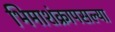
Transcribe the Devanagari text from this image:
भिमाशंक्रापसल्या